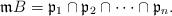
LaTeX: \begin{align*} \mathfrak{m}B=\mathfrak{p}_1\cap \mathfrak{p}_2\cap\cdots \cap \mathfrak{p}_n.\end{align*}